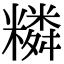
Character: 𥼭